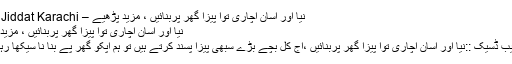
نیا اور آسان اچاری توا پیزا گھر پربنائیں ، مزید پڑھیے – Daily Jiddat Karachi
نیا اور آسان اچاری توا پیزا گھر پربنائیں ، مزید پڑھیے
جدت ویب ڈسیک ::نیا اور آسان اچاری توا پیزا گھر پربنائیں ،آج کل بچے بڑے سبھی پیزا پسند کرتے ہیں تو ہم آپکو گھر پے بنا نا سیکھا رہے ہیں ۔